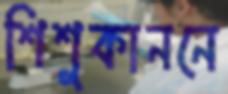
শিশুকাননে